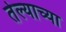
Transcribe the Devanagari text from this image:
तेल्याच्या